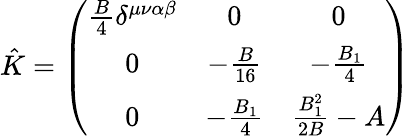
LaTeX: \hat{K}=\left(\begin{array}{ccc}{{\frac{B}{4}\delta^{\mu\nu\alpha\beta}}}&{{0}}&{{0}}\\ {{0}}&{{-\frac{B}{16}}}&{{-\frac{B_{1}}{4}}}\\ {{0}}&{{-\frac{B_{1}}{4}}}&{{\frac{B_{1}^{2}}{2B}-A}}\end{array}\right)